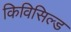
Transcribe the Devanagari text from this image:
किविसिल्ड